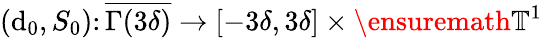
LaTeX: (\mathrm{d}_{0},S_{0})\colon\overline{{{\Gamma(3\delta)}}}\rightarrow[-3\delta,3\delta]\times\ensuremath{{\mathbb{{T}}}}^{1}